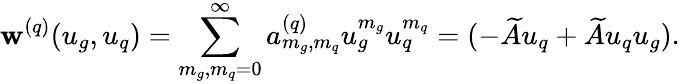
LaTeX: \mathbf{w}^{(q)}(u_{g},u_{q})=\sum_{m_{g},m_{q}=0}^{\infty}a_{m_{g},m_{q}}^{(q)}u_{g}^{m_{g}}u_{q}^{m_{q}}=(-\widetilde{A}u_{q}+\widetilde{A}u_{q}u_{g}).